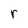
Character: r